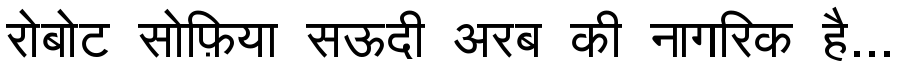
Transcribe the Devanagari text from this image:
रोबोट सोफ़िया सऊदी अरब की नागरिक है...